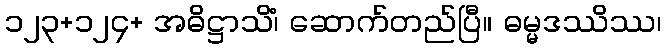
၁၂၃+၁၂၄+ အဓိဋ္ဌာသိံ၊ ဆောက်တည်ပြီ။ ဓမ္မဒဿိဿ၊